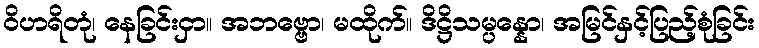
ဝိဟရိတုံ၊ နေခြင်းငှာ။ အဘဗ္ဗော၊ မထိုက်။ ဒိဋ္ဌိသမ္ပန္နော၊ အမြင်နှင့်ပြည့်စုံခြင်း